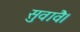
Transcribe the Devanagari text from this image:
सुवावै।